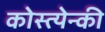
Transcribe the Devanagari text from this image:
कोस्त्येन्की